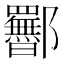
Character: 𬪥